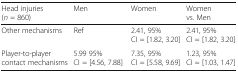
| Head injuries(n = 860) | Men | Women | Women vs. Men |
 | --- | --- | --- | --- |
 | Other mechanisms | Ref | 2.41, 95% CI = [1.82, 3.20] | 2.41, 95% CI = [1.82, 3.20] |
 | Player-to-player contact mechanisms | 5.99 95% CI = [4.56, 7.88] | 7.35, 95% CI = [5.58, 9.69] | 1.23, 95% CI = [1.03, 1.47] |